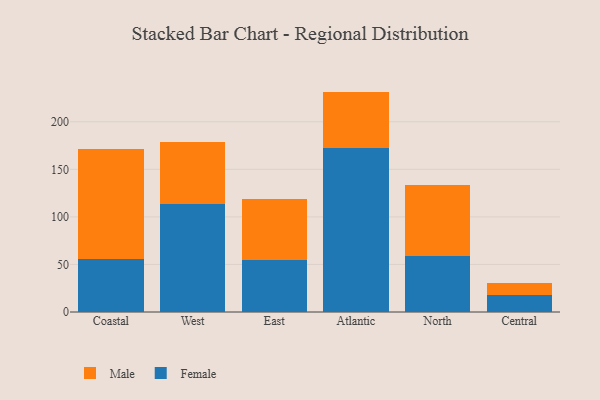
{"axis": {"x": "Region", "y": "Customer Acquisition Cost (USD)"}, "legend": ["Female", "Male"], "data": [{"x": "Coastal", "y": 55.3, "type": "Female"}, {"x": "Coastal", "y": 115.6, "type": "Male"}, {"x": "West", "y": 113.4, "type": "Female"}, {"x": "West", "y": 65.7, "type": "Male"}, {"x": "East", "y": 54.8, "type": "Female"}, {"x": "East", "y": 63.5, "type": "Male"}, {"x": "Atlantic", "y": 172.8, "type": "Female"}, {"x": "Atlantic", "y": 58.9, "type": "Male"}, {"x": "North", "y": 58.4, "type": "Female"}, {"x": "North", "y": 75.1, "type": "Male"}, {"x": "Central", "y": 18.0, "type": "Female"}, {"x": "Central", "y": 13.0, "type": "Male"}]}